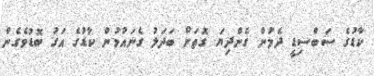
ކާޑުގެ ސަބްސިޑީ ދެމުން ގެންދިޔަ ގޮތަށް ބަދަލު ގެނައުމުން ކާޑުގެ އަގު ބޮޑުވެގެން